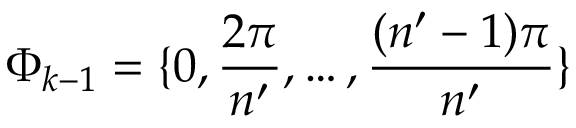
\Phi _ { k - 1 } = \{ 0 , \frac { 2 \pi } { n ^ { \prime } } , \dots , \frac { ( n ^ { \prime } - 1 ) \pi } { n ^ { \prime } } \}